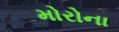
મોરોના